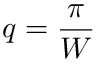
q = \frac { \pi } { W }